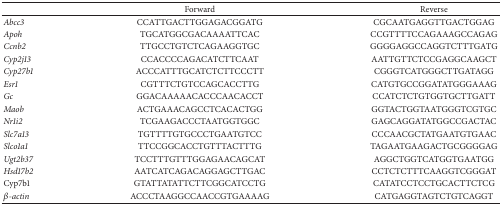
|  | Forward | Reverse |
 | --- | --- | --- |
 | Abcc3 | CCATTGACTTGGAGACGGATG | CGCAATGAGGTTGACTGGAG |
 | Apoh | TGCATGGCGACAAAATTCAC | CCGTTTTCCAGAAAGCCAGAG |
 | Ccnb2 | TTGCCTGTCTCAGAAGGTGC | GGGGAGGCCAGGTCTTTGATG |
 | Cyp2j13 | CCACCCCAGACATCTTCAAT | AATTGTTCTCCGAGGCAAGCT |
 | Cyp27b1 | ACCCATTTGCATCTCTTCCCTT | CGGGTCATGGGCTTGATAGG |
 | Esr1 | CGTTTCTGTCCAGCACCTTG | CATGTGCCGGATATGGGAAAG |
 | Gc | GGACAAAAACACCCAACACCT | CCATCTCTGTGGTGCTTGATT |
 | Maob | ACTGAAACAGCCTCACACTGG | GGTACTGGTAATGGGTCGTGC |
 | Nr1i2 | TCGAAGACCCTAATGGTGGC | GAGCAGGATATGGCCGACTAC |
 | Slc7a13 | TGTTTTGTGCCCTGAATGTCC | CCCAACGCTATGAATGTGAAC |
 | Slco1a1 | TTCCGGCACCTGTTTACTTTG | TAGAATGAAGACTGCGGGGAG |
 | Ugt2b37 | TCCTTTGTTTGGAGAACAGCAT | AGGCTGGTCATGGTGAATGG |
 | Hsd17b2 | AATCATCAGACAGGAGCTTGAC | CCTCTCTTTCAAGGTCGGGAT |
 | Cyp7b1 | GTATTATATTCTTCGGCATCCTG | CATATCCTCCTGCACTTCTCG |
 | β-actin | ACCCTAAGGCCAACCGTGAAAAG | CATGAGGTAGTCTGTCAGGT |